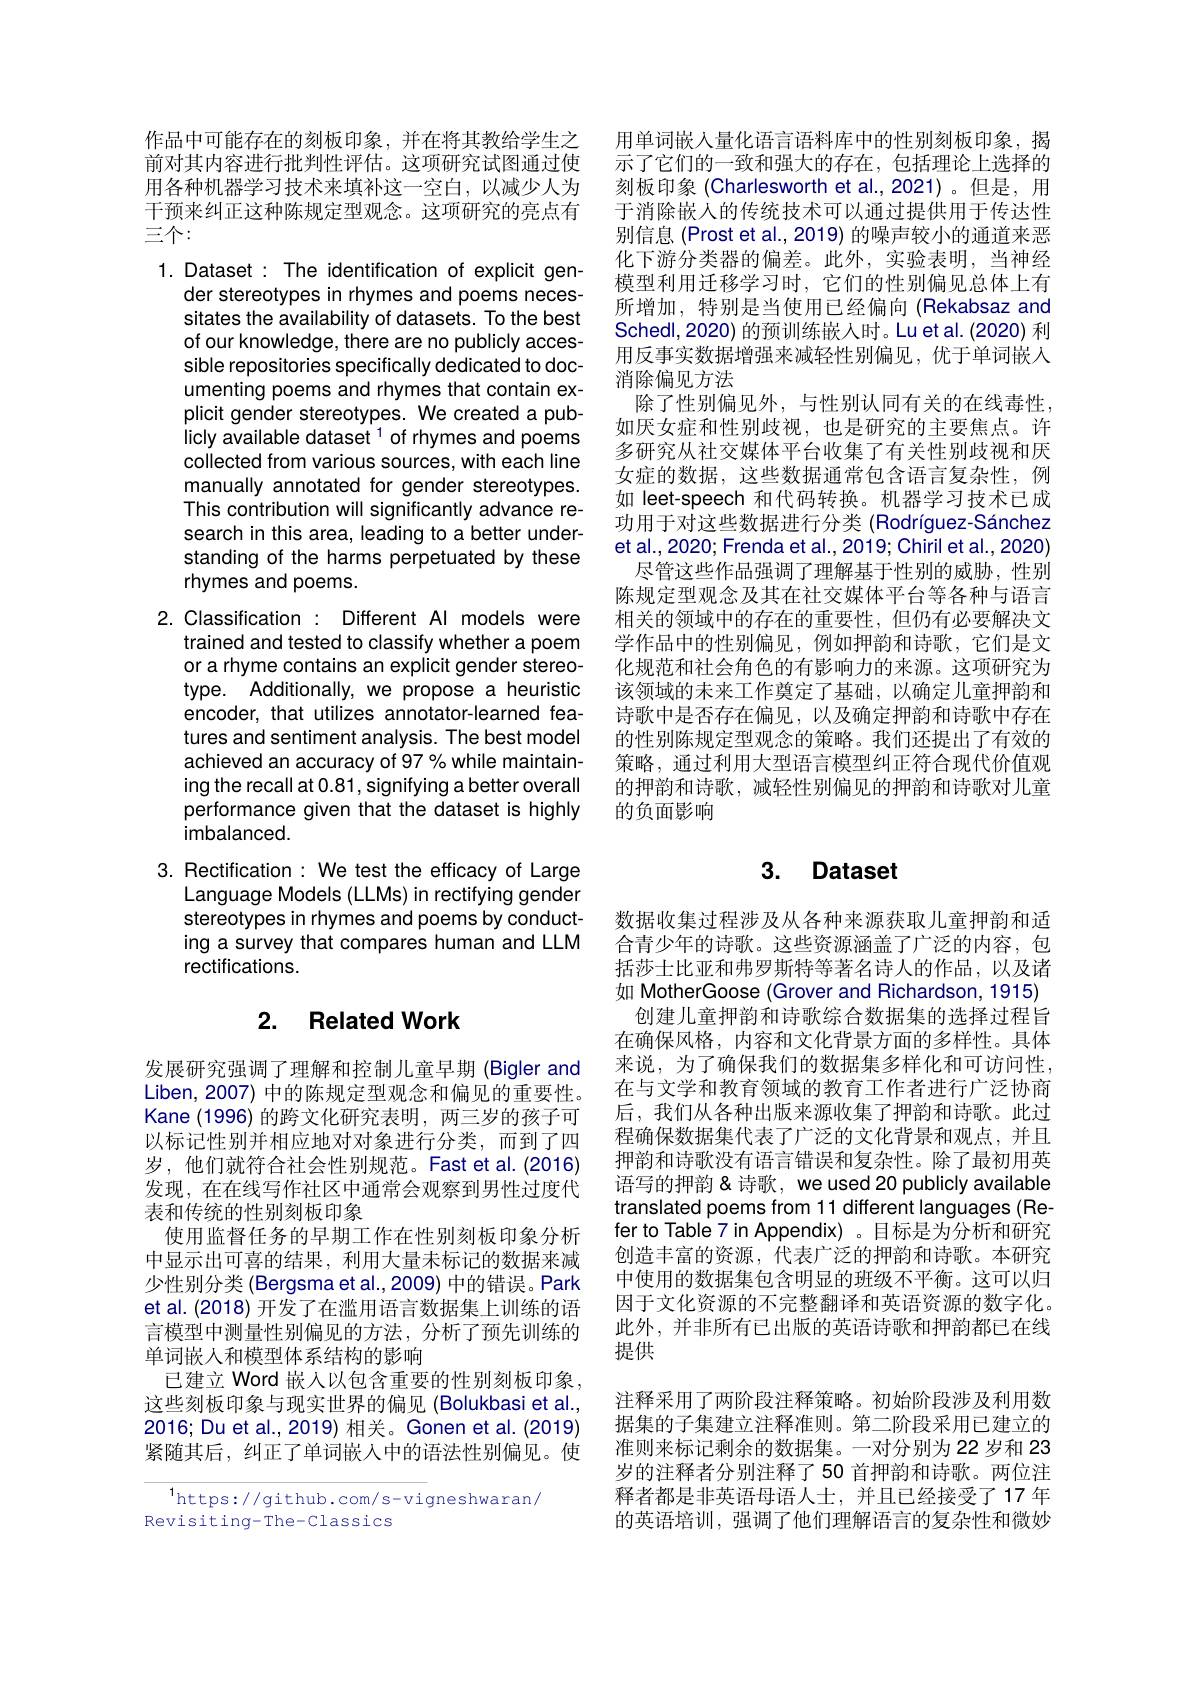
作品中可能存在的刻板印象，并在将其教给学生之前对其内容进行批判性评估。这项研究试图通过使用各种机器学习技术来填补这一空白，以减少人为干预来纠正这种陈规定型观念。这项研究的亮点有三个：

1. Dataset : The identification of explicit gen-
der stereotypes in rhymes and poems necessitates the availability of datasets. To the best of our knowledge, there are no publicly accessible repositories specifically dedicated to documenting poems and rhymes that contain explicit gender stereotypes. We created a publicly available dataset $^{1}$ of rhymes and poems collected from various sources, with each line manually annotated for gender stereotypes. This contribution will significantly advance research in this area, leading to a better understanding of the harms perpetuated by these rhymes and poems.

2. Classification : Different Al models were
trained and tested to classify whether a poem or a rhyme contains an explicit gender stereotype. Additionally, we propose a heuristic encoder, that utilizes annotator-learned features and sentiment analysis. The best model achieved an accuracy of 97 % while maintaining the recall at 0.81, signifying a better overall performance given that the dataset is highly imbalanced.
3. Rectification: We test the efficacy of Large

Language Models (LLMs) in rectifying gender stereotypes in rhymes and poems by conducting a survey that compares human and LLM rectifications.

## 2. Related Work

发展研究强调了理解和控制儿童早期 (Bigler and Liben, 2007) 中的陈规定型观念和偏见的重要性。Kane (1996) 的跨文化研究表明，两三岁的孩子可以标记性别并相应地对对象进行分类，而到了四岁，他们就符合社会性别规范。Fast et al.(2016) 发现，在在线写作社区中通常会观察到男性过度代表和传统的性别刻板印象
使用监督任务的早期工作在性别刻板印象分析中显示出可喜的结果，利用大量未标记的数据来减少性别分类 (Bergsma et al.,2009) 中的错误。Park et al. (2018) 开发了在滥用语言数据集上训练的语言模型中测量性别偏见的方法，分析了预先训练的单词嵌人和模型体系结构的影响
已建立 Word 嵌人以包含重要的性别刻板印象， 这些刻板印象与现实世界的偏见 (Bolukbasi et al., 2016; Du et al., 2019) 相关。Gonen et al. (2019) 紧随其后，纠正了单词嵌入中的语法性别偏见。使

$^{1}$https://github.com/s-vigneshwaran/
Revisiting-The-Classics

用单词嵌入量化语言语料库中的性别刻板印象，揭示了它们的一致和强大的存在，包括理论上选择的刻板印象(Charlesworth et al.,2021)。但是，用于消除嵌人的传统技术可以通过提供用于传达性别信息 (Prost et al., 2019) 的噪声较小的通道来恶化下游分类器的偏差。此外，实验表明，当神经模型利用迁移学习时，它们的性别偏见总体上有所增加，特别是当使用已经偏向(Rekabsaz and Schedl, 2020) 的预训练嵌人时。Lu et al. (2020) 利用反事实数据增强来减轻性别偏见，优于单词嵌入消除偏见方法
除了性别偏见外，与性别认同有关的在线毒性， 如厌女症和性别歧视，也是研究的主要焦点。许多研究从社交媒体平台收集了有关性别歧视和厌女症的数据，这些数据通常包含语言复杂性，例如 leet-speech 和代码转换。机器学习技术已成功用于对这些数据进行分类 (Rodríguez-Sánchez et al., 2020; Frenda et al. ,2019; Chiril et al., 2020)
尽管这些作品强调了理解基于性别的威胁，性别陈规定型观念及其在社交媒体平台等各种与语言相关的领域中的存在的重要性，但仍有必要解决文学作品中的性别偏见，例如押韵和诗歌，它们是文化规范和社会角色的有影响力的来源。这项研究为该领域的未来工作奠定了基础，以确定儿童押韵和诗歌中是否存在偏见，以及确定押韵和诗歌中存在的性别陈规定型观念的策略。我们还提出了有效的策略，通过利用大型语言模型纠正符合现代价值观的押韵和诗歌，减轻性别偏见的押韵和诗歌对儿童的负面影响

## 3. Dataset

数据收集过程涉及从各种来源获取儿童押韵和适合青少年的诗歌。这些资源涵盖了广泛的内容，包括莎士比亚和弗罗斯特等著名诗人的作品，以及诸如 MotherGoose (Grover and Richardson, 1915)
创建儿童押韵和诗歌综合数据集的选择过程旨在确保风格，内容和文化背景方面的多样性。具体来说，为了确保我们的数据集多样化和可访问性， 在与文学和教育领域的教育工作者进行广泛协商后，我们从各种出版来源收集了押韵和诗歌。此过程确保数据集代表了广泛的文化背景和观点，并且押韵和诗歌没有语言错误和复杂性。除了最初用英语写的押韵&诗歌，we used 20 publicly available translated poems from 11 different languages (Refer to Table 7 in Appendix) 。目标是为分析和研究创造丰富的资源，代表广泛的押韵和诗歌。本研究中使用的数据集包含明显的班级不平衡。这可以归因于文化资源的不完整翻译和英语资源的数字化。此外，并非所有已出版的英语诗歌和押韵都已在线提供
注释采用了两阶段注释策略。初始阶段涉及利用数据集的子集建立注释准则。第二阶段采用已建立的准则来标记剩余的数据集。一对分别为 22 岁和 23岁的注释者分别注释了50 首押韵和诗歌。两位注释者都是非英语母语人士，并且已经接受了17 年的英语培训，强调了他们理解语言的复杂性和微妙